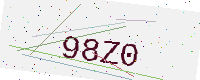
Text: 98Z0